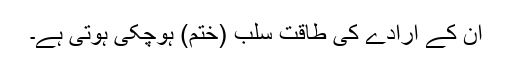
ان کے ارادے کی طاقت سلب (ختم) ہوچکی ہوتی ہے۔